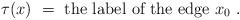
LaTeX: \begin{align*} \tau (x)\ =\ \textnormal{the label of the edge }x_0 \ .\end{align*}